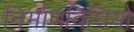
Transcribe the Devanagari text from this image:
निर्माणविधियों